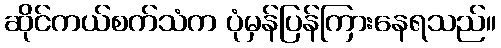
ဆိုင်ကယ်စက်သံက ပုံမှန်ပြန်ကြားနေရသည်။